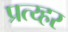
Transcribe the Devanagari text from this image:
प्रत्य्हर